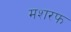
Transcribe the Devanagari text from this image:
मशरफ